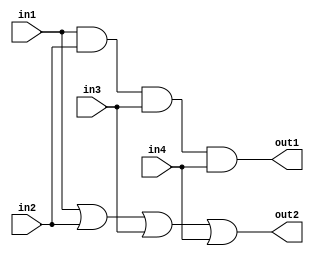
module mod_a(
	output out1, out2,
	input in1,in2,in3,in4);
	assign out1 = in1 & in2 & in3 & in4; 	//
	assign out2 = in1 | in2 | in3 | in4;	//
endmodule


module top_module( 
    input a, 
    input b, 
    input c,
    input d,
    output out1,
    output out2
);
// 
    mod_a mod_a(
        out1, out2,
    	a, b, c, d
    );
// 
endmodule